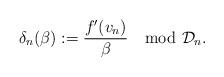
LaTeX: \begin{align*} \delta_n(\beta):= \dfrac{f'(v_n)}{\beta} \mod \mathcal{D}_n.\end{align*}